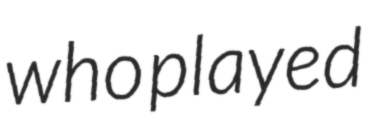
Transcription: who played